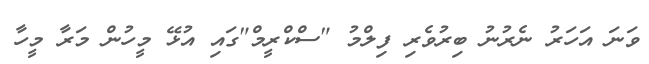
ވަނަ އަހަރު ނެރުނު ބިރުވެރި ފިލްމު "ސްކްރީމް"ގައި އުޅޭ މީހުން މަރާ މީހާ